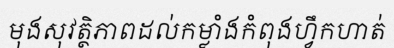
មុងសុវត្ថិភាពដល់កម្លាំងកំពុងហ្វឹកហាត់